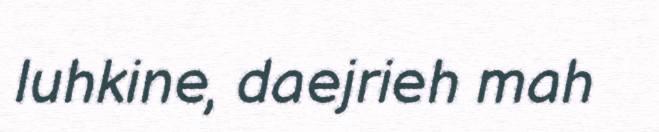
luhkine, daejrieh mah